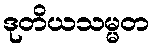
ဒုတိယသမ္မတ